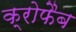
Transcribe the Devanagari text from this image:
क्रोफैब